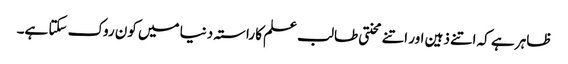
ظاہر ہے کہ اتنے ذہین اور اتنے محنتی طالب علم کا راستہ دنیا میں کون روک سکتا ہے۔